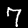
Label: 7